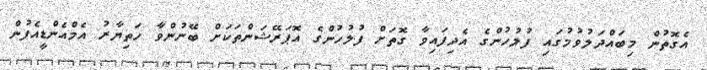
އެގޮތުން މިބައްދަލުވުމުގައި ފުލުހުންގެ އެދިފައިވާ ގޮތަށް ފުލުހުންގެ އޮޕަރޭޝަންތަކަށް ބޭނުންވާ ހަތިޔާރު އެމްއެންޑީއެފުން